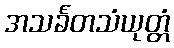
အသင်္ခတသံယုတ္တံ